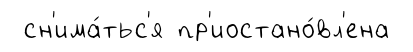
сн'има́тьс'я пр'иостано́вл'ена